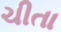
ચીતા